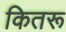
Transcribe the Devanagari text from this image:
कितरू